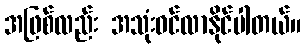
အဖြစ်လည်း အသုံးဝင်လာနိုင်ပါတယ်။